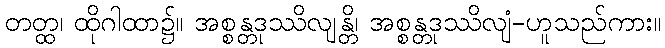
တတ္ထ၊ ထိုဂါထာ၌။ အစ္စန္တဒုဿိလျန္တိ၊ အစ္စန္တဒုဿိလျံ-ဟူသည်ကား။